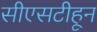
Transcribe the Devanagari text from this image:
सीएसटीहून